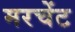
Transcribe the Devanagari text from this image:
मरचेंट